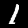
Label: 1